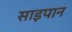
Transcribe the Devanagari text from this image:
साइपान